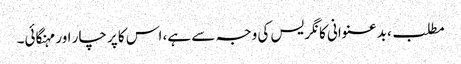
مطلب، بدعنوانی کانگریس کی وجہ سے ہے، اس کا پرچار اور مہنگائی۔